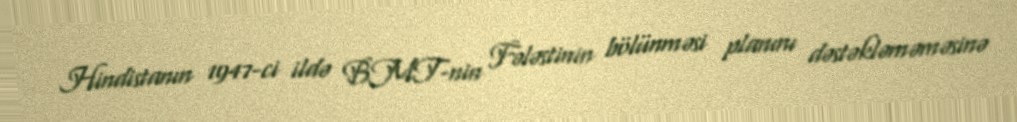
Hindistanın 1947-ci ildə BMT-nin Fələstinin bölünməsi planını dəstəkləməməsinə